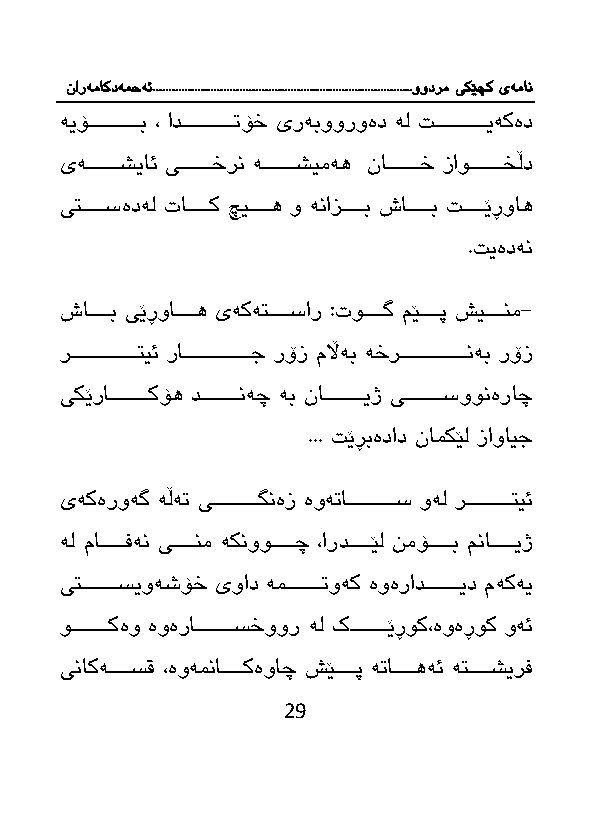
نارەماکدەمحە ئ.................................................................................وودرم یکێچک یەمان
 ەیۆااااااااااااااب ، اداااااااااااااا ۆخ یرەبووروەد ەل اااااااااااااایەكەد
 یەاااااااااشیائ یاااااااااخرن ەاااااااااشیمەه نااااااااااخ زاواااااااااخڵد
 یتااااااسەدەل تاااااااك چیااااااه و ەنازااااااب شاااااااب ااااااێڕواه
 . یەدەن
 شاااااااب یێڕواااااااه یەكەتااااااسار :توااااااگ مێااااااپ شیاااااانم-
 رااااااااااااااااااتیئ راااااااااااااااااااج رۆز مڵاەب ەخراااااااااااااااااانەب رۆز
 یكێرااااااااااااكۆه دااااااااااانەچ ەب ناااااااااااایژ یاااااااااااسوونەراچ
 ... ێڕبەداد نامكێل زاوایج
 یەكەروەگ ەڵە یاااااااااااااگنەز ەوە ااااااااااااااس وەل راااااااااااااتیئ
 ەل ماااااااافەن یااااااانم ەكنوواااااااچ ،ارداااااااێل نمۆاااااااب مناااااااایژ
 یتااااااااااسیوەشۆخ یواد ەماااااااااا وەك ەوەرادااااااااااید مەكەی
 وااااااااااكەو ەوەراااااااااااسخوور ەل كااااااااااێڕوك،ەوەڕوك وەئ
 یناكەااااااسق ،ەوەمناااااااكەواچ شێااااااپ ە اااااااهەئ ەتااااااشیرف
 29